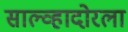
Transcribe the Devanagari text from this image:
साल्व्हादोरला